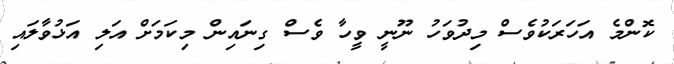
ކޮންމެ އަހަރަކުވެސް މިދުވަހު ނޫނީ ވީހާ ވެސް ގިނައިން މިކަމަށް އަލި އަޅުވާލައި